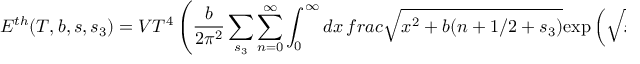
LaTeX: E ^ { t h } ( T , b , s , s _ { 3 } ) = V T ^ { 4 } \left( \frac { b } { 2 \pi ^ { 2 } } \sum _ { s _ { 3 } } \sum _ { n = 0 } ^ { \infty } \int _ { 0 } ^ { \infty } d x \, f r a c { \sqrt { x ^ { 2 } + b ( n + 1 / 2 + s _ { 3 } ) } } { \exp \left( \sqrt { x ^ { 2 } + b ( n + 1 / 2 + s _ { 3 } ) } \right) - ( - 1 ) ^ { 2 s } } \right) ,